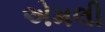
એમલી